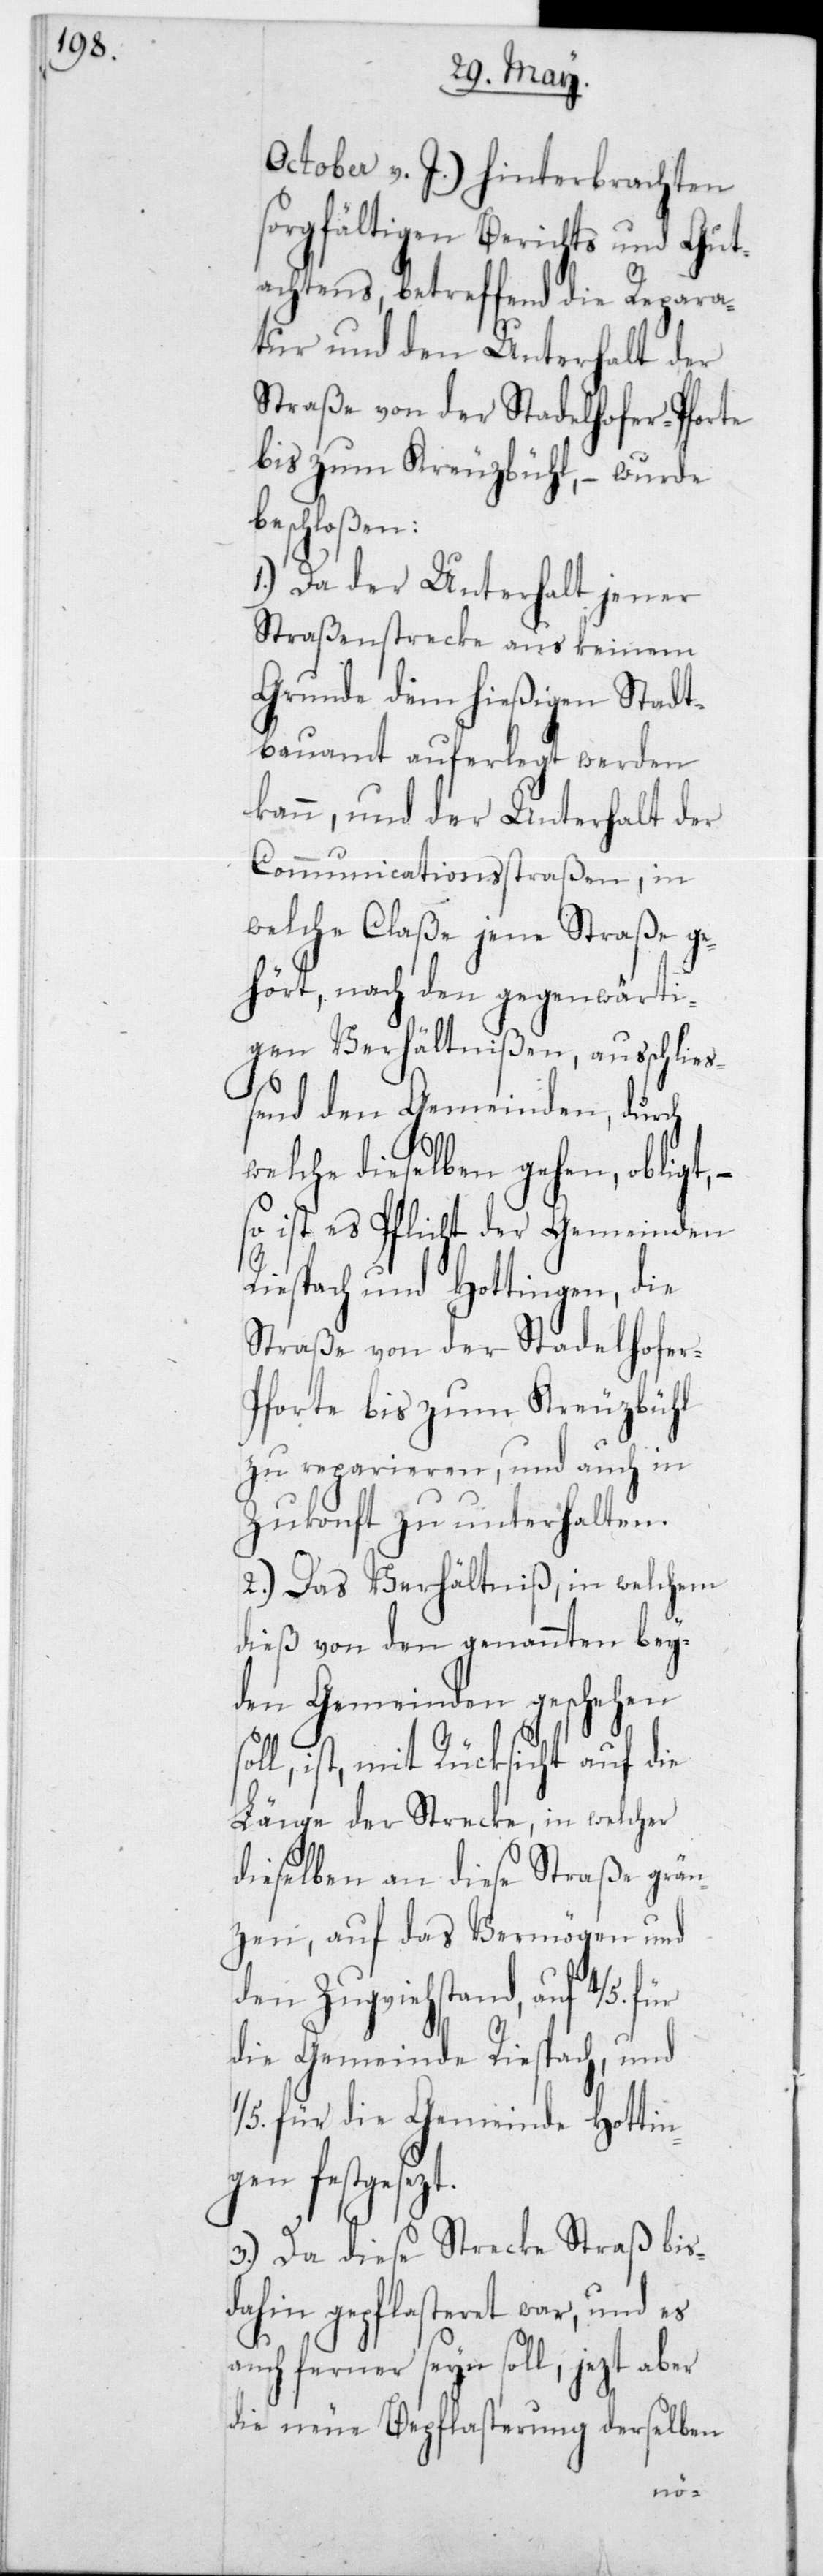
October v. J.) hinterbrachten
sorgfältigen Berichts und Gut¬
achtens, betreffend die Repara¬
tur und den Unterhalt der
Straße von der Stadelhofer-Pforte
bis zum Kreuzbühl, – wurde
beschloßen:
1.) Da der Unterhalt jener
Straßenstrecke aus keinem
Grunde dem hießigen Stadt¬
bauamt auferlegt werden
kann, und der Unterhalt der
Communicationsstraßen, in
welche Claße jene Straße ge¬
hört, nach den gegenwärti¬
gen Verhältnißen, ausschließ¬
end den Gemeinden, durch
welche dieselben gehen, obliegt,
so ist es Pflicht der Gemeinden
Riespach und Hottingen, die
Straße von der Stadelhofe¬
forte bis zum Kreuzbühl
zu reparieren, und auch in
Zukonft zu unterhalten.
2.) Das Verhältniß, in welchem
dieß von den genannten bey¬
den Gemeinden geschehen
ll, ist mit Rücksicht auf die
Länge der Strecke, in welcher
dieselben an diese Straße grän¬
zen, auf das Vermögen und
den Zugviehstand, auf 4/5 für
die Gemeinde Riesbach, und
1/5 für die Gemeinde Hottin¬
gen festgesetzt.
3.) Da diese Strecke Straß bis
dahin gepflasteret war, und es
auch ferner seyn soll, jezt aber
die neue Bepflasterung derselben
so¬